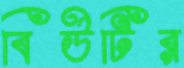
বিউটির